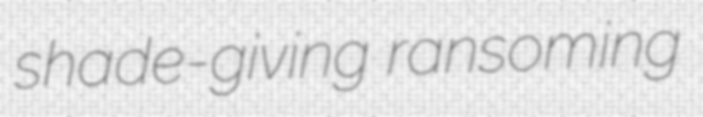
shade-giving ransoming